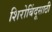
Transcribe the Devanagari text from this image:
शिरोबिंदूसाठी